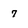
Character: 7